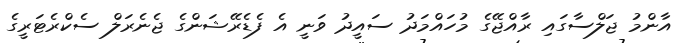
އާންމު ޖަލްސާގައި ރާއްޖޭގެ މުހައްމަދު ސައީދު ވަނީ އެ ފެޑެރޭޝަންގެ ޖެނެރަލް ސެކްރެޓަރީގެ